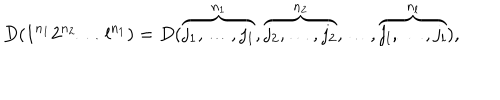
LaTeX: D ( 1 ^ { n _ { 1 } } 2 ^ { n _ { 2 } } \ldots l ^ { n _ { 1 } } ) = D ( \overbrace { j _ { 1 } , \ldots , j _ { 1 } } ^ { n _ { 1 } } , \overbrace { j _ { 2 } , \ldots , j _ { 2 } } ^ { n _ { 2 } } , \ldots , \overbrace { j _ { l } , \ldots , j _ { l } } ^ { n _ { l } } ) ,